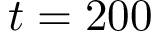
t = 2 0 0